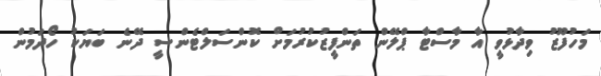
މަހުފޫޒު ވިދާޅުވީ އާ މާސްޓާ ޕްލޭން ތަންފީޒުކުރުމަށް ކޮންސަލްޓެންސީ ދޭނެ ބަޔަކު ހޯދަމުން